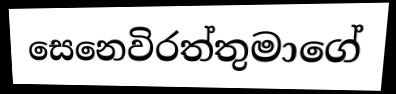
සෙනෙවිරත්තුමාගේ